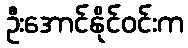
ဦးအောင်နိုင်ဝင်းက